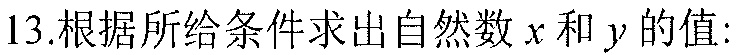
13.根据所给条件求出自然数\(x\)和\(y\)的值: